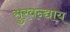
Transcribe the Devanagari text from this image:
सुरवन्द्याय